Madras plague regulations and rules for the inspection of inward and outward bound vessels - Volume 2
Disease focus: Plague
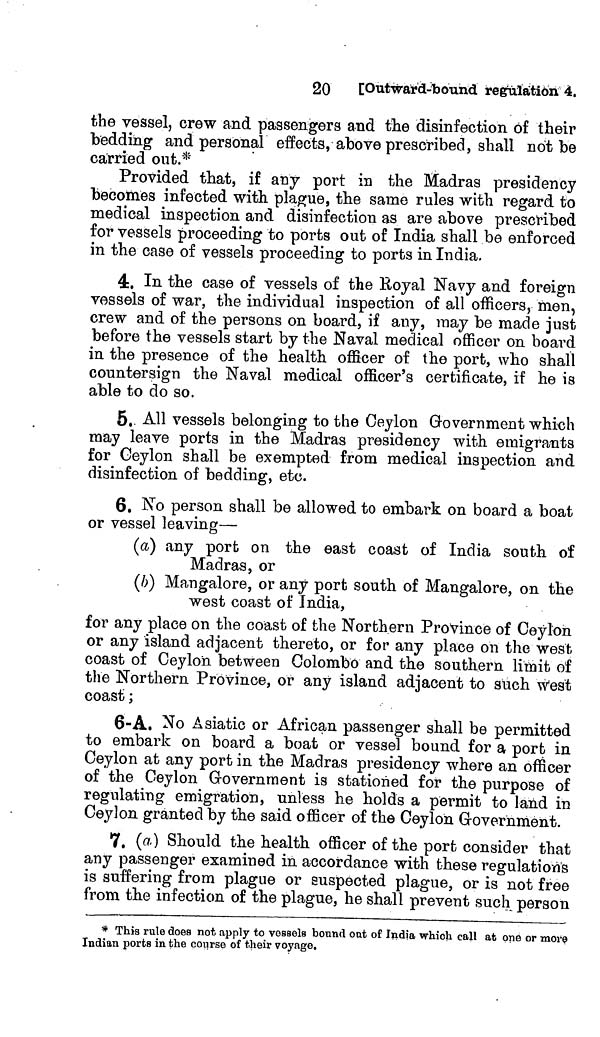
20
[Outward-bound regulation 4.
the vessel, crew and passengers and the disinfection of their
bedding and personal effects, above prescribed, shall not be
carried out.*
Provided that, if any port in the Madras presidency
becomes infected with plague, the same rules with regard to
medical inspection and disinfection as are above prescribed
for vessels proceeding to ports out of India shall be enforced
in the case of vessels proceeding to ports in India.
4. In the case of vessels of the Royal Navy and foreign
vessels of war, the individual inspection of all officers, men,
crew and of the persons on board, if any, may be made just
before the vessels start by the Naval medical officer on board
in the presence of the health officer of the port, who shall
countersign the Naval medical officer's certificate, if he is
able to do so.
5. All vessels belonging to the Ceylon Government which
may leave ports in the Madras presidency with emigrants
for Ceylon shall be exempted from medical inspection and
disinfection of bedding, etc.
6. No person shall be allowed to embark on board a boat
or vessel leaving—
(a) any port on the east coast of India south of
Madras, or
(b) Mangalore, or any port south of Mangalore, on the
west coast of India,
for any place on the coast of the Northern Province of Ceylon
or any island adjacent thereto, or for any place on the west
coast of Ceylon between Colombo and the southern limit of
the Northern Province, or any island adjacent to such west
coast ;
6-A. No Asiatic or African passenger shall be permitted
to embark on board a boat or vessel bound for a port in
Ceylon at any port in the Madras presidency where an officer
of the Ceylon Government is stationed for the purpose of
regulating emigration, unless he holds a permit to land in
Ceylon granted by the said officer of the Ceylon Government.
7. (a) Should the health officer of the port consider that
any passenger examined in accordance with these regulations
is suffering from plague or suspected plague, or is not free
from the infection of the plague, he shall prevent such person
* This rule does not apply to vessels bound oat of India which call at one or more
Indian ports in the course of their voyage.